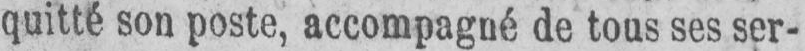
quitté son poste, accompagné de tous ses ser-